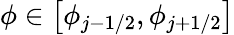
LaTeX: \displaystyle\phi\in\bigl[\phi_{j-1/2},\phi_{j+1/2}\bigr]